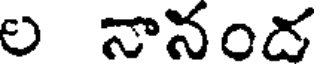
ల నానంద